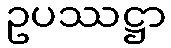
ဥပဿဋ္ဌာ